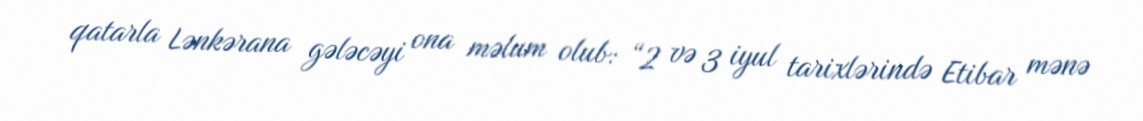
qatarla Lənkərana gələcəyi ona məlum olub: “2 və 3 iyul tarixlərində Etibar mənə